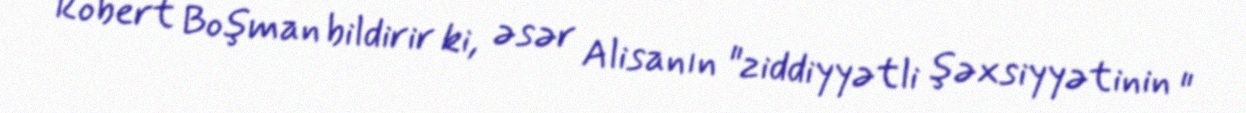
Robert Boşman bildirir ki, əsər Alisanın "ziddiyyətli şəxsiyyətinin "